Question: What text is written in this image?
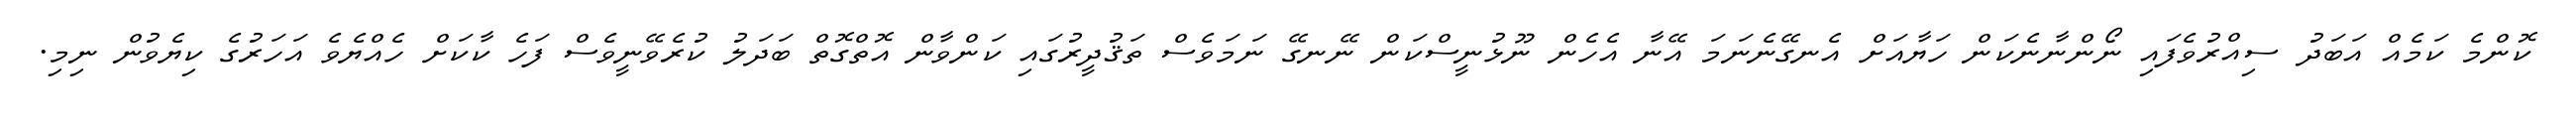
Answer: ކޮންމެ ކަމެއް އަބަދު ސިއްރުވެފައި ނޯންނާނެކަން ހަޔާއަށް އެނގޭނެނަމަ އޭނާ އެހެން ނޫޅުނީސްކަން ނޭނގޭ ނަމަވެސް ތަޤުދީރުގައި ކަންވާން އޮތްގޮތް ބަދަލު ކުރެވޭނީވެސް ފަހެ ކާކަށް ހެއްޔެވެ އަހަރުގެ ކިޔެވުން ނިމި.